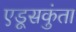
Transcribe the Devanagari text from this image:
एडूसकुंता